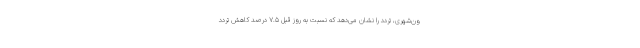
ون‌شهری، تردد را نشان می‌دهد که نسبت به روز قبل ۷.۵ درصد کاهش تردد